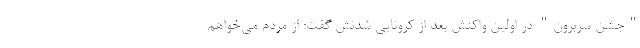
"جشن سربرون" در اولین واکنش بعد از کرونایی شدنش گفت: از مردم می‌خواهم